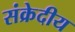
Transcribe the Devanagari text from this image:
संक्रेदीय